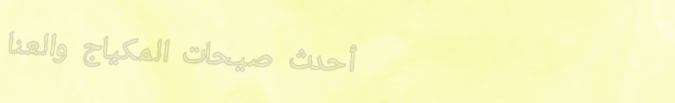
أحدث صيحات المكياج والعنا